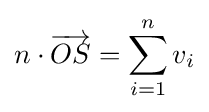
n\cdot {\overrightarrow {OS}}=\sum _{i=1}^{n}v_{i}